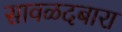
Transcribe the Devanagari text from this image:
सावळदबारा